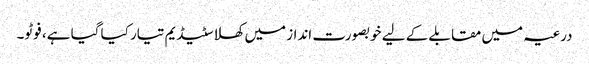
درعیہ میں مقابلے کے لیے خوبصورت انداز میں کھلا سٹیڈیم تیار کیا گیا ہے، فوٹو۔